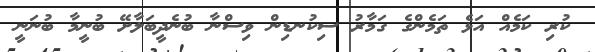
ކުރި ކަމެއް އަޅެ ތަމެންގެ ގަމާރު ސިކުނޑިން ވިސްނާ ބުނެދީބަލާށޭ ބުނީމާ ބުނަނީ